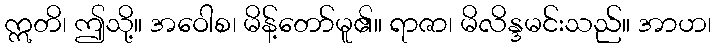
ဣတိ၊ ဤသို့။ အဝေါစ၊ မိန့်တော်မူ၏။ ရာဇာ၊ မိလိန္ဒမင်းသည်။ အာဟ၊